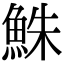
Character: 鮢